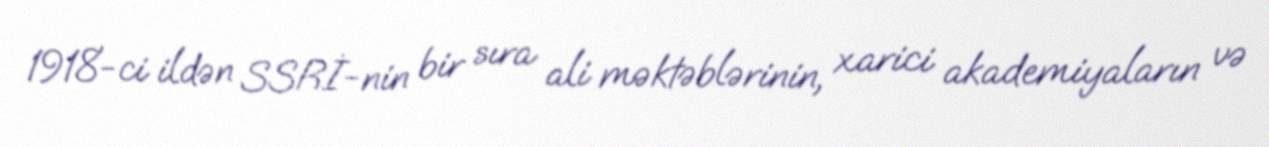
1918-ci ildən SSRİ-nin bir sıra ali məktəblərinin, xarici akademiyaların və